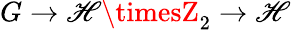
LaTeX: G\rightarrow\mathscr{H}\timesZ_{2}\rightarrow\mathscr{H}